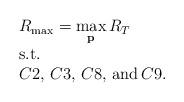
LaTeX: \begin{align*}\begin{array}{l}R_{\max}=\mathop {\max }\limits_{\bf p} {R_T}\\{\rm{s}}{\rm{.t}}{\rm{.}}\\C2,\,C3,\,C8,\,{\rm and}\,C9.\end{array}\end{align*}